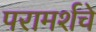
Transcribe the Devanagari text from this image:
परामर्शचे